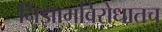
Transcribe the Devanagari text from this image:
निझामविरोधातच